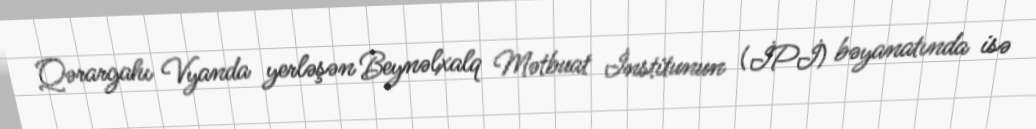
Qərargahı Vyanda yerləşən Beynəlxalq Mətbuat İnstitunun (İPİ) bəyanatında isə